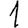
Digit: 1